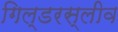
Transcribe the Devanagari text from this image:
गिल्डरस्लीव